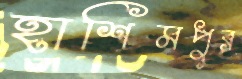
হাশিমপুর